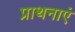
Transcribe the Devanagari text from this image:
प्राथनाएं